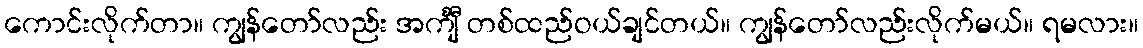
ကောင်းလိုက်တာ။ ကျွန်တော်လည်း အင်္ကျီ တစ်ထည်ဝယ်ချင်တယ်။ ကျွန်တော်လည်းလိုက်မယ်။ ရမလား။